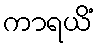
ကာရယိံ